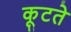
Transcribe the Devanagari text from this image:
कूटते